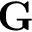
\bf G